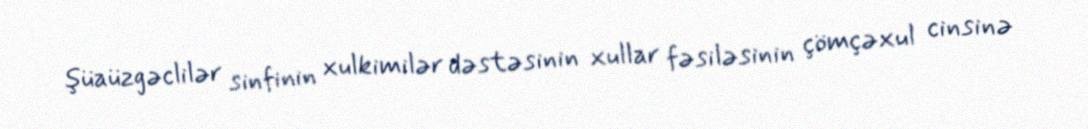
şüaüzgəclilər sinfinin xulkimilər dəstəsinin xullar fəsiləsinin çömçəxul cinsinə